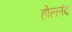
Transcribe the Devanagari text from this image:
होल्लंद